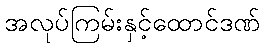
အလုပ်ကြမ်းနှင့်ထောင်ဒဏ်